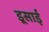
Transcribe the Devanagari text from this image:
इ्र्रसाई